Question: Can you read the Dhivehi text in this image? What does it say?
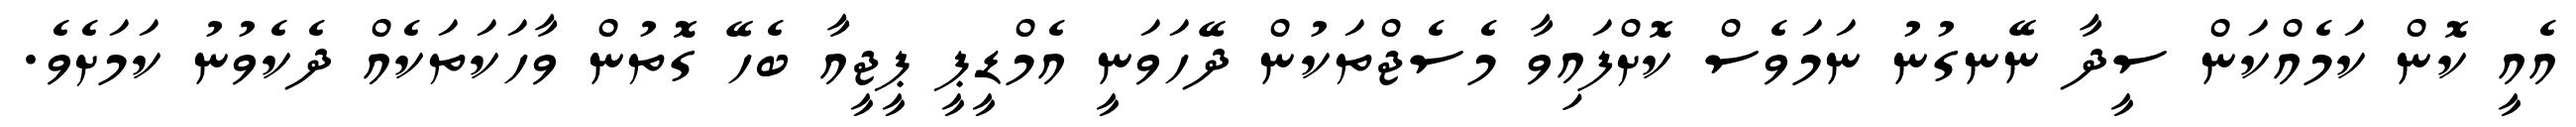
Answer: އެއީ ކޮން ކަމެއްކަން ސީދާ ނޭނގުނު ނަމަވެސް ކޮށްފައިވާ މެސެޖްތަކުން ދޭހަވަނީ އެމްޑީޕީ ޕީޖީއާ ބެހޭ ގޮތުން ވާހަކަތަކެއް ދެކެވުނު ކަމަށެވެ.